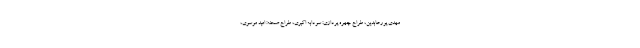
مهدی پورعابدین، طراح چهره پردازی: سودابه اکبری، طراح صحنه: امید موسوی،